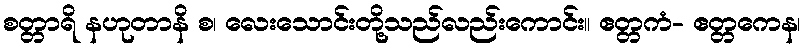
စတ္တာရိ နဟုတာနိ စ၊ လေးသောင်းတို့သည်လည်းကောင်း။ ဧတ္တကံ- ဧတ္တကေန၊